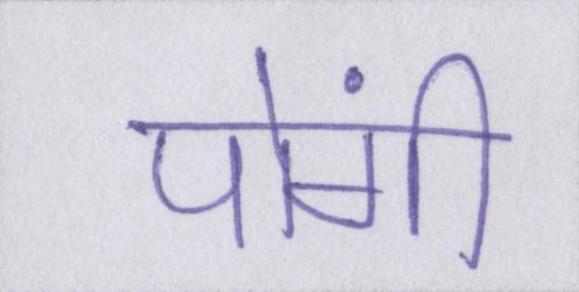
पोंगी